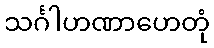
သင်္ဂါဟဏာဟေတုံ